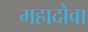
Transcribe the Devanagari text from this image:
महादोवा